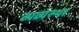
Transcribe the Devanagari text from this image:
व्यव्यस्था